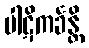
ပါဋိကင်္ခန္တိ